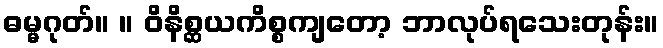
ဓမ္မဂုတ်။ ။ ဝိနိစ္ဆယကိစ္စကျတော့ ဘာလုပ်ရသေးတုန်း။